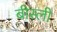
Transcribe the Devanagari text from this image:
बीस्ली